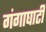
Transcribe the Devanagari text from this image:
गंगाघाटी